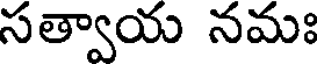
సత్వాయ నమః